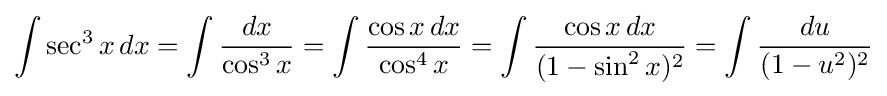
\int \sec ^{3}x\,dx=\int {\frac {dx}{\cos ^{3}x}}=\int {\frac {\cos x\,dx}{\cos ^{4}x}}=\int {\frac {\cos x\,dx}{(1-\sin ^{2}x)^{2}}}=\int {\frac {du}{(1-u^{2})^{2}}}